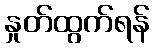
နှုတ်ထွက်ရန်